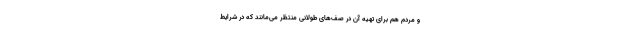
و مردم هم برای تهیه آن در صف‌های طولانی منتظر می‌مانند که در شرایط